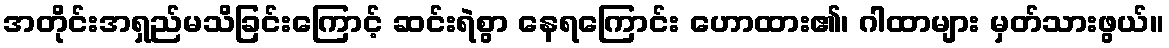
အတိုင်းအရှည်မသိခြင်းကြောင့် ဆင်းရဲစွာ နေရကြောင်း ဟောထား၏၊ ဂါထာများ မှတ်သားဖွယ်။